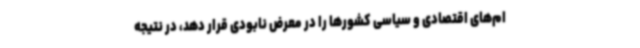
ام‌های اقتصادی و سیاسی کشورها را در معرض نابودی قرار دهد، در نتیجه